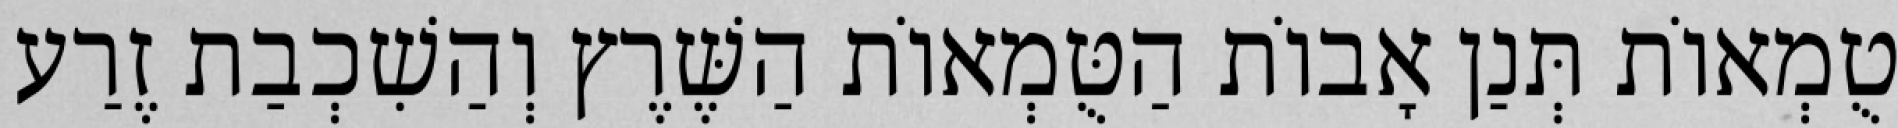
טֻמְאוֹת תְּנַן אָבוֹת הַטֻּמְאוֹת הַשֶּׁרֶץ וְהַשִׁכְבַת זֶרַע